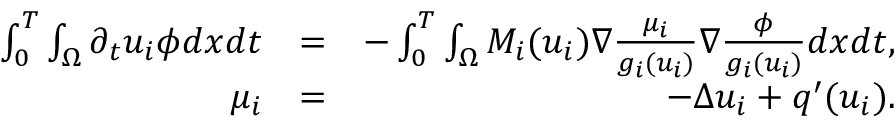
\begin{array} { r l r } { \int _ { 0 } ^ { T } \int _ { \Omega } \partial _ { t } u _ { i } \phi d x d t } & { = } & { - \int _ { 0 } ^ { T } \int _ { \Omega } M _ { i } ( u _ { i } ) \nabla \frac { \mu _ { i } } { g _ { i } ( u _ { i } ) } \nabla \frac { \phi } { g _ { i } ( u _ { i } ) } d x d t , } \\ { \mu _ { i } } & { = } & { - \Delta u _ { i } + q ^ { \prime } ( u _ { i } ) . } \end{array}